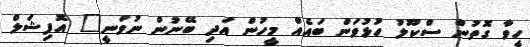
ހީވާ ގޮތުން ސްކޫލު ހުޅުވަން ބައެއް މީހުން އަދި ބޭނުން ނުވަނީ" އޮފިޝަލް